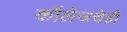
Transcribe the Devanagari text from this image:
कॉलेजचेही